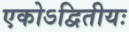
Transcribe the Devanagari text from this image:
एकोऽद्वितीयः